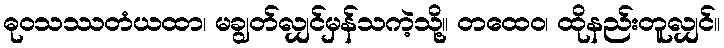
ဓုဝသဿတံယထာ၊ မချွတ်လျှင်မှန်သကဲ့သို့။ တထေဝ၊ ထိုနည်းတူလျှင်။